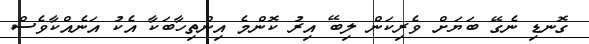
ގޮނޑި ނެގޭ ބަޔަށް ވެރިކަން ލިބޭ އިރު ކޮންމެ އިންތިހާބަކާ އެކު އަނެއްކާވެސް